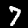
Label: 7